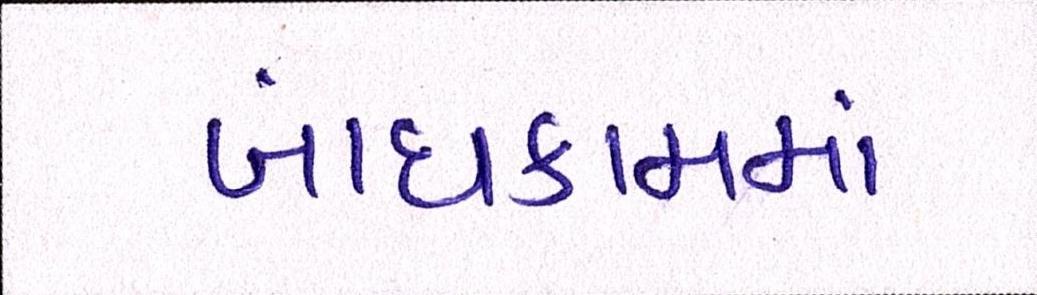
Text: બાંધકામમાં